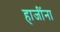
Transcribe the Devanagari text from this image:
हाजींना